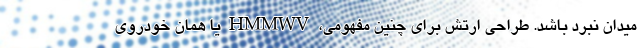
میدان نبرد باشد. طراحی ارتش برای چنین مفهومی، HMMWV یا همان خودروی